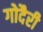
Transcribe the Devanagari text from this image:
गोदैरी